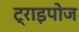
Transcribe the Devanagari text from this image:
ट्राइपोज